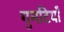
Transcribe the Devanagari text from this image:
गुमटियाँ